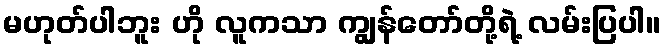
မဟုတ်ပါဘူး ဟို လူကသာ ကျွန်တော်တို့ရဲ့ လမ်းပြပါ။